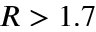
R > 1 . 7